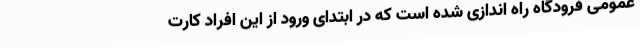
عمومی فرودگاه راه اندازی شده است که در ابتدای ورود از این افراد کارت